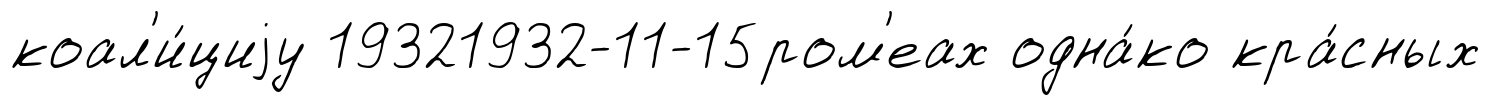
коал'и́циjу 19321932-11-15ром'еах одна́ко кра́сных